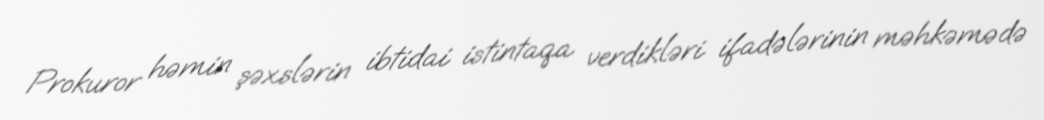
Prokuror həmin şəxslərin ibtidai istintaqa verdikləri ifadələrinin məhkəmədə